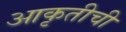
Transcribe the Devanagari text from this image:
आकृतीची